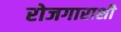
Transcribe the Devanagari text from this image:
रोजगाराशी